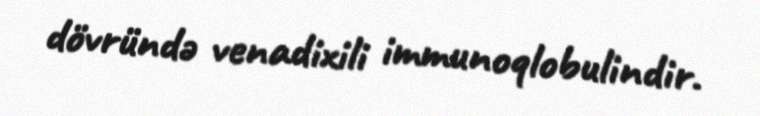
dövründə venadixili immunoqlobulindir.